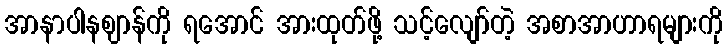
အာနာပါနဈာန်ကို ရအောင် အားထုတ်ဖို့ သင့်လျော်တဲ့ အစာအာဟာရများကို